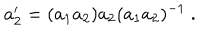
LaTeX: a _ { 2 } ^ { \prime } = ( a _ { 1 } a _ { 2 } ) a _ { 2 } ( a _ { 1 } a _ { 2 } ) ^ { - 1 } ~ .